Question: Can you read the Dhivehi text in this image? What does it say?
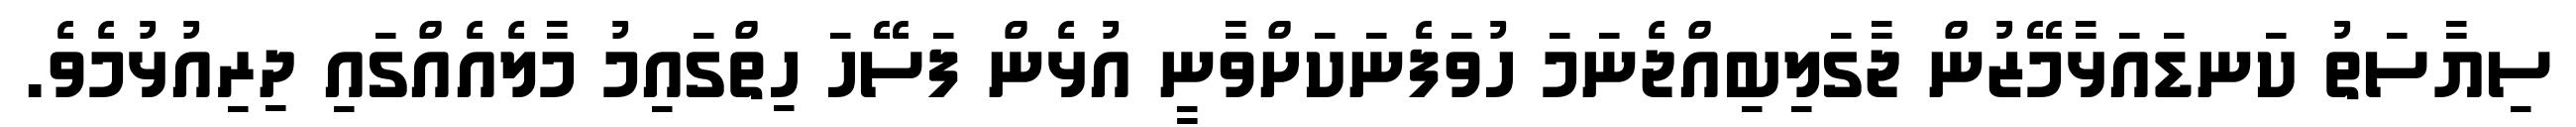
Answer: ސިޔާސަތު ކަނޑައަޅާމޭޒުން ޖާގަލިބިއްޖެނަމަ ހުވަފެނަކަށްވާނީ އުޅެން ފަސޭހަ ހިތްގައިމު މާލެއެއްގައި ދިރިއުޅުމެވެ.